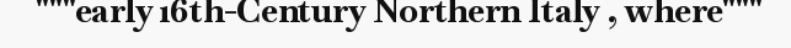
"""early 16th-Century Northern Italy , where"""